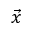
\vec { x }